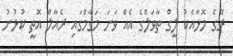
ރޭގެ މޮޅާއެކު ލީގް ތާވަލްގެ އެއް ވަނަ މަގާމްގައި ރެއާލް އޮތީ ކުޅުނު